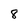
Character: 8